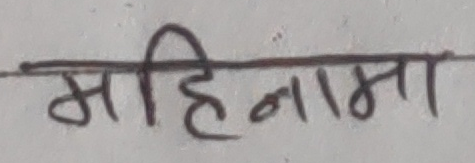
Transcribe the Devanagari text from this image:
महिनामा